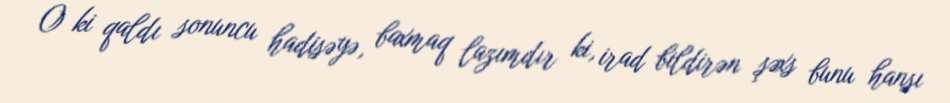
O ki qaldı sonuncu hadisəyə, baxmaq lazımdır ki, irad bildirən şəxs bunu hansı